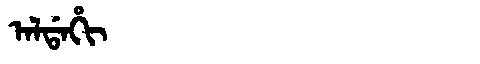
Manchu: ᠠᠯᡩᠠᡥᡳ
Romanization: ALDAHI